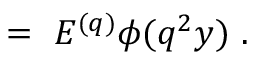
\ = \ E ^ { ( q ) } \phi ( q ^ { 2 } y ) \ .